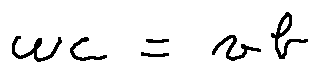
w c = v b